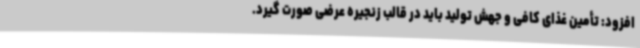
افزود: تأمین غذای کافی و جهش تولید باید در قالب زنجیره عرضی صورت گیرد.